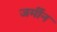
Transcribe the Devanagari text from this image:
जर्मीन